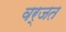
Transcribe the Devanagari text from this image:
वर्जत